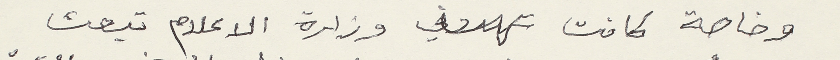
وخاصة كانت وزارة الاعلام تبعث